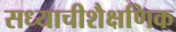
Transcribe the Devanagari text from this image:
सध्याचीशैक्षणिक